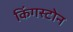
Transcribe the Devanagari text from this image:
किंगस्टोन